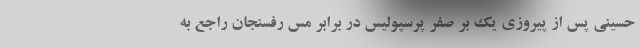
حسینی پس از پیروزی یک بر صفر پرسپولیس در برابر مس رفسنجان راجع به